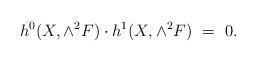
LaTeX: \begin{align*} h^0 (X, \wedge^2 F) \cdot h^1 (X, \wedge^2 F) \ = \ 0. \end{align*}